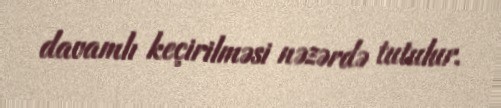
davamlı keçirilməsi nəzərdə tutulur.